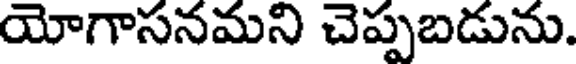
యోగాసనమని చెప్పబడును.